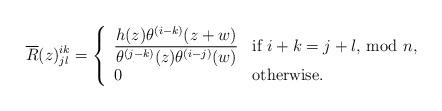
LaTeX: \begin{align*}\overline{R}(z)^{ik}_{jl}=\left\{ \begin{array}{ll} \displaystyle\frac{h(z)\theta ^{(i-k)}(z+w)}{\theta ^{(j-k)}(z)\theta ^{(i-j)}(w)} & \mbox{if $i+k=j+l$, mod $n$,} \\0 & \mbox{otherwise.} \end{array} \right. \end{align*}